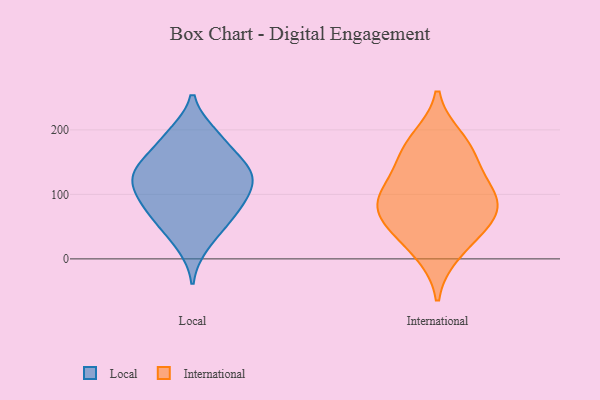
{"axis": {"x": "Active Users", "y": "Value"}, "legend": ["International", "Local"], "data": [{"x": "", "y": 194, "type": "Local"}, {"x": "", "y": 132, "type": "Local"}, {"x": "", "y": 73, "type": "Local"}, {"x": "", "y": 166, "type": "Local"}, {"x": "", "y": 61, "type": "Local"}, {"x": "", "y": 144, "type": "Local"}, {"x": "", "y": 92, "type": "Local"}, {"x": "", "y": 53, "type": "Local"}, {"x": "", "y": 192, "type": "Local"}, {"x": "", "y": 120, "type": "Local"}, {"x": "", "y": 105, "type": "Local"}, {"x": "", "y": 140, "type": "Local"}, {"x": "", "y": 21, "type": "Local"}, {"x": "", "y": 98, "type": "Local"}, {"x": "", "y": 134, "type": "Local"}, {"x": "", "y": 47, "type": "International"}, {"x": "", "y": 185, "type": "International"}, {"x": "", "y": 77, "type": "International"}, {"x": "", "y": 10, "type": "International"}, {"x": "", "y": 148, "type": "International"}, {"x": "", "y": 101, "type": "International"}, {"x": "", "y": 168, "type": "International"}, {"x": "", "y": 53, "type": "International"}, {"x": "", "y": 90, "type": "International"}, {"x": "", "y": 100, "type": "International"}]}